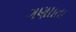
ગણાાતા